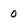
Character: 0